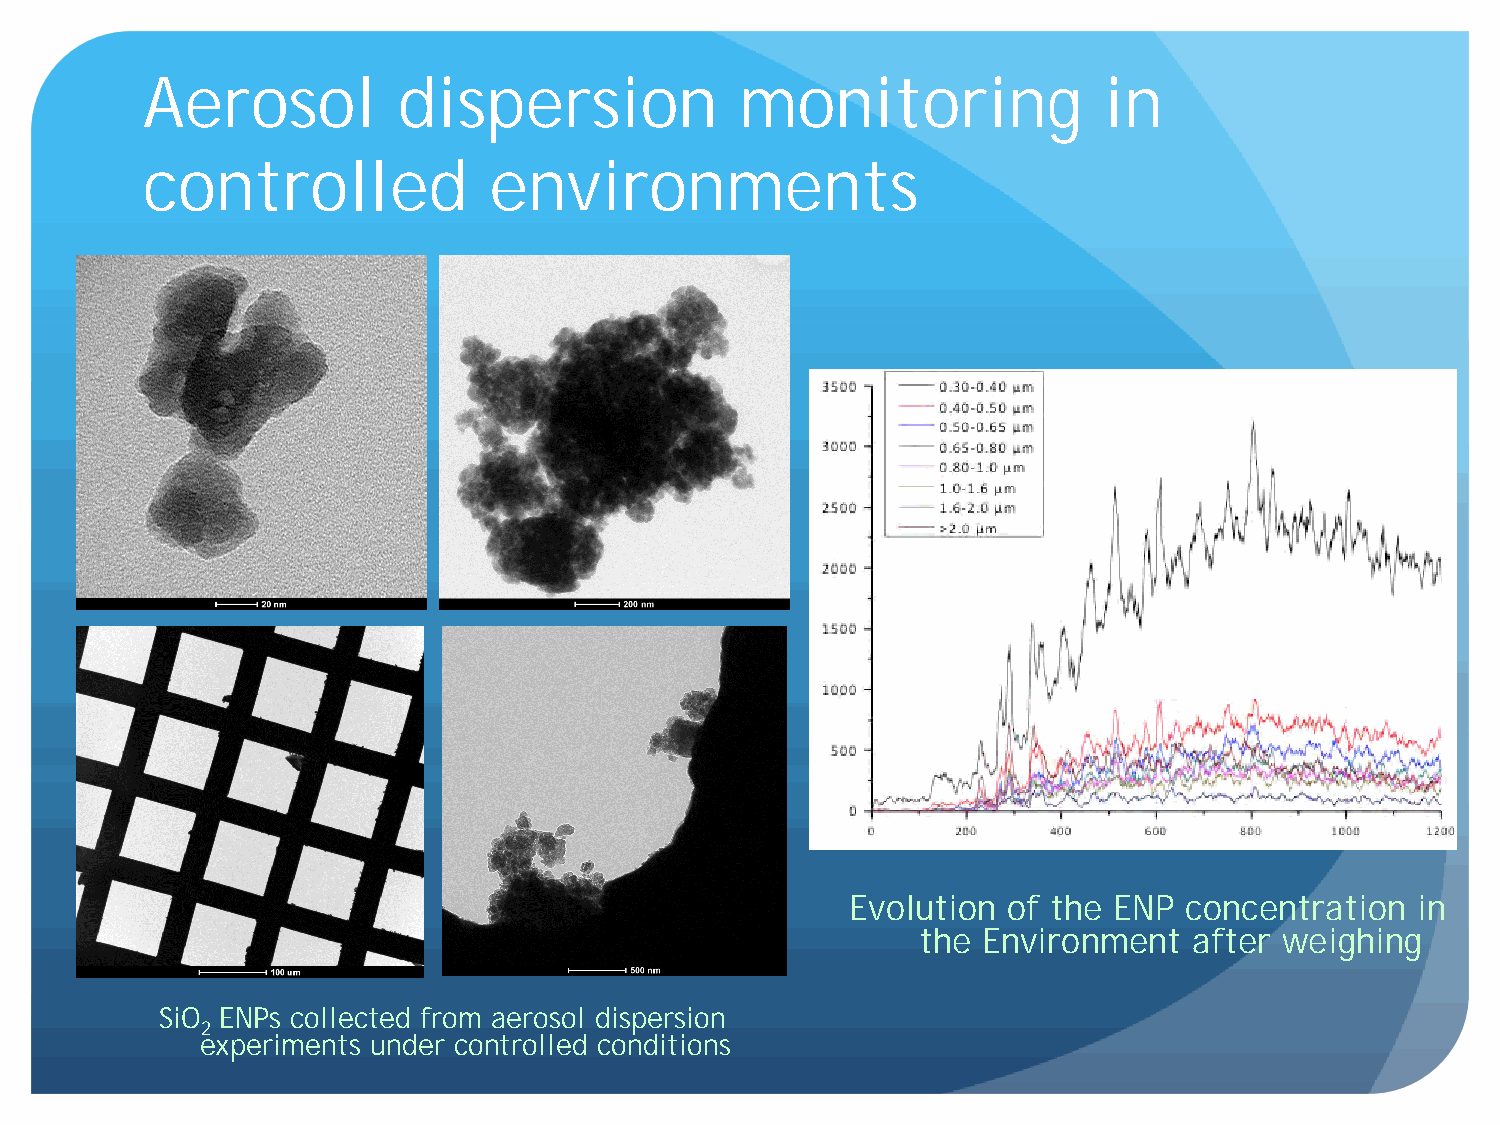
Aerosol          dispersion             monitoring              in
 controlled             environments
 Evolution  of the ENP concentration   in
 the Environment   after weighing
 SiO ENPs collected from aerosol dispersion
 2
 experiments under controlled conditions